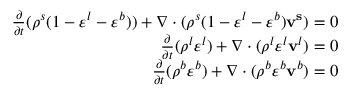
\begin{array} { r } { \frac { \partial } { \partial t } ( \rho ^ { s } ( 1 - \varepsilon ^ { l } - \varepsilon ^ { b } ) ) + \nabla \cdot ( \rho ^ { s } ( 1 - \varepsilon ^ { l } - \varepsilon ^ { b } ) \mathbf { v ^ { s } } ) = 0 } \\ { \frac { \partial } { \partial t } ( \rho ^ { l } \varepsilon ^ { l } ) + \nabla \cdot ( \rho ^ { l } \varepsilon ^ { l } \mathbf { v } ^ { l } ) = 0 } \\ { \frac { \partial } { \partial t } ( \rho ^ { b } \varepsilon ^ { b } ) + \nabla \cdot ( \rho ^ { b } \varepsilon ^ { b } \mathbf { v } ^ { b } ) = 0 } \end{array}